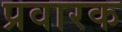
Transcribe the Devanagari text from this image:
प्रवारक